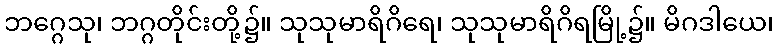
ဘဂ္ဂေသု၊ ဘဂ္ဂတိုင်းတို့၌။ သုသုမာရိဂိရေ၊ သုသုမာရိဂိရမြို့၌။ မိဂဒါယေ၊